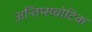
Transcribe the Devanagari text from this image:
अन्तिप्स्य्चोटिक